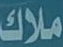
ملاك